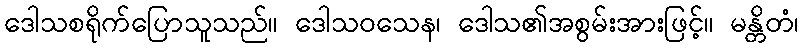
ဒေါသစရိုက်ပြောသူသည်။ ဒေါသဝသေန၊ ဒေါသ၏အစွမ်းအားဖြင့်။ မန္တိတံ၊